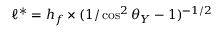
\ell ^ { * } = h _ { f } \times ( 1 / \cos ^ { 2 } \theta _ { Y } - 1 ) ^ { - 1 / 2 }